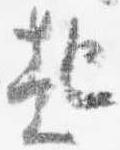
起